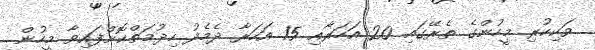
ވަކިކުރި މީހުންގެ ތެރޭގައި 20 އަހަރާއި 15 އަހަރާ ދެމެދު ހިދުމަތްކޮށްފައިވާ މީހުން